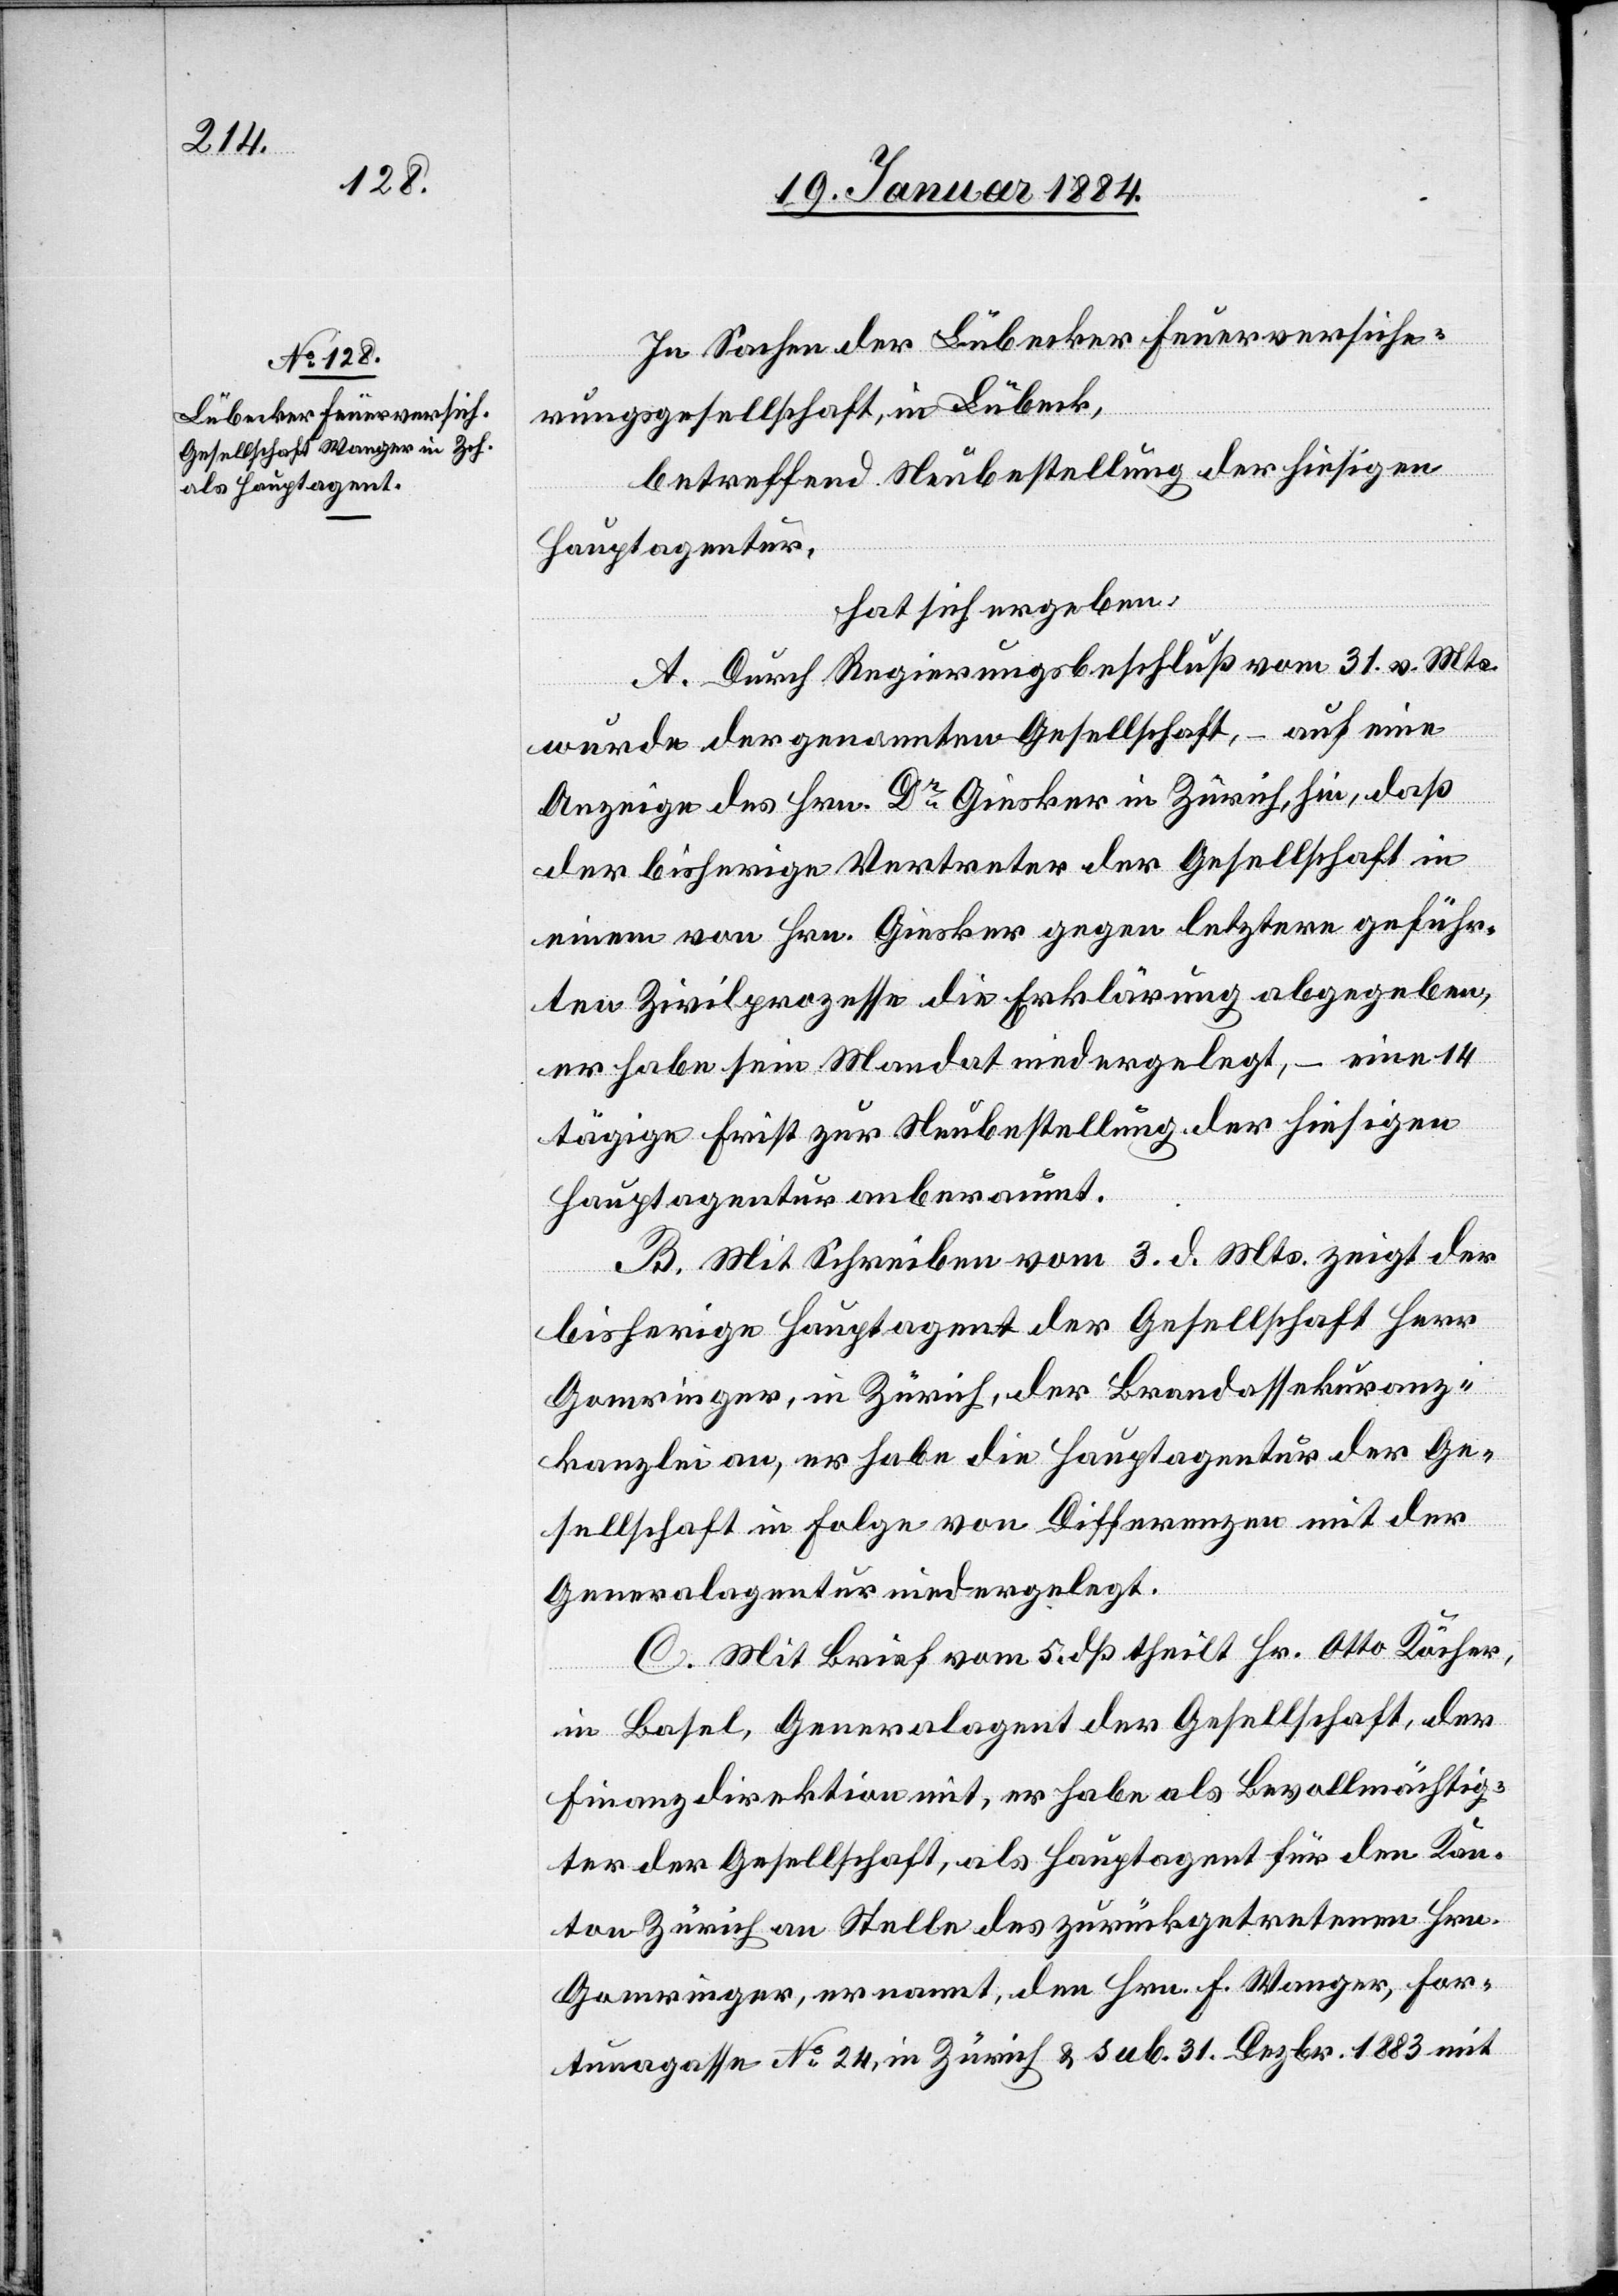
In Sachen der Lübecker Feuerversiche¬
rungsgesellschaft, in Lübeck,
betreffend Neubestellung der hiesigen
Hauptagentur,
hat sich ergeben:
A. Durch Regierungsbeschluß vom 31. v. Mts.
wurde der genannten Gesellschaft, – auf eine
Anzeige des Hrn. Dr Giesker in Zürich hin, daß
der bisherige Vertreter der Gesellschaft in
einem von Hrn. Giesker gegen letztern geführ¬
ten Zivilprozesse die Erklärung abgegeben,
er habe sein Mandat niedergelegt, – eine 14t¬
ägige Frist zur Neubestellung der hiesigen
Hauptagentur anberaumt.
B. Mit Schreiben vom 3. d. Mts. zeigt der
bisherige Hauptagent der Gesellschaft Herr
Gomringer, in Zürich, der Brandassekuranz¬
kanzlei an, er habe die Hauptagentur der Ge¬
sellschaft in Folge von Differenzen mit der
Generalagentur niedergelegt.
C. Mit Brief vom 5. dß. theilt Hr. Otto Köcher,
in Basel, Generalagent der Gesellschaft, der
Finanzdirektion mit, er habe als Bevollmächtig¬
ter der Gesellschaft, als Hauptagent für den Kan¬
ton Zürich an Stelle des zurückgetretenen Hrn.
Gomringer, ernannt, den Hrn. F. Wanger, For¬
tunagasse No. 24, in Zürich, & sub. 31 Dezbr. 1883 mit